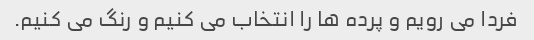
فردا می رویم و پرده ها را انتخاب می کنیم و رنگ می کنیم.